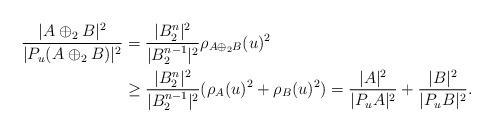
LaTeX: \begin{align*}\frac{|A\oplus_2 B|^2}{|P_u(A\oplus_2 B)|^2}&=\frac{|B_2^n|^2}{|B_2^{n-1}|^2}\rho_{A\oplus_2B}(u)^2 \\&\ge\frac{|B_2^n|^2}{|B_2^{n-1}|^2}(\rho_{A}(u)^2+\rho_{B}(u)^2)=\frac{|A|^2}{|P_uA|^2}+\frac{|B|^2}{|P_uB|^2}.\end{align*}